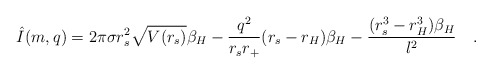
\begin{align*}\hat{I}(m,q) = 2\pi\sigma r_s^2\sqrt{V(r_s)}\beta_H -\frac{q^2}{r_s r_+}(r_s-r_H)\beta_H- \frac{(r_s^3-r_H^3)\beta_H}{\l^2} \quad .\end{align*}